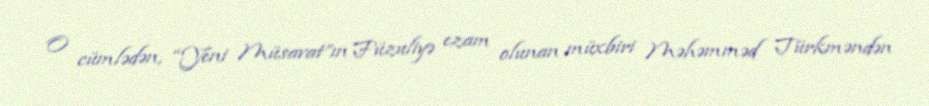
O cümlədən, “Yeni Müsavat”ın Füzuliyə ezam olunan müxbiri Məhəmməd Türkməndən